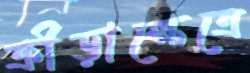
ক্রীড়াক্ষেত্রে